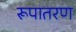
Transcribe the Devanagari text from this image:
रूपातरण